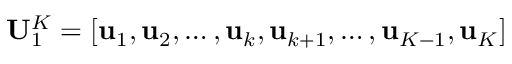
\mathbf { U } _ { 1 } ^ { K } = [ \mathbf { u } _ { 1 } , \mathbf { u } _ { 2 } , \ldots , \mathbf { u } _ { k } , \mathbf { u } _ { k + 1 } , \ldots , \mathbf { u } _ { K - 1 } , \mathbf { u } _ { K } ]